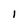
Character: 1